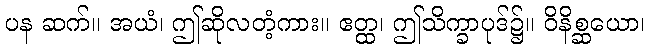
ပန ဆက်။ အယံ၊ ဤဆိုလတံ့ကား။ ဧတ္ထ၊ ဤသိက္ခာပုဒ်၌။ ဝိနိစ္ဆယော၊